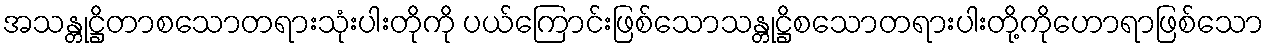
အသန္တုဋ္ဌိတာစသောတရားသုံးပါးတိုကို ပယ်ကြောင်းဖြစ်သောသန္တုဋ္ဌိစသောတရားပါးတို့ကိုဟောရာဖြစ်သော